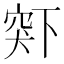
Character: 𬔋